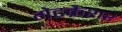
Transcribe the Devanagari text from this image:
गेटक्रैशर